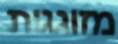
מזוגגות